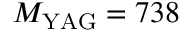
M _ { \mathrm { Y A G } } = 7 3 8